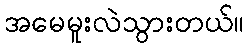
အမေမူးလဲသွားတယ်။